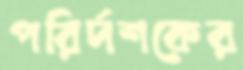
পরির্দশকের